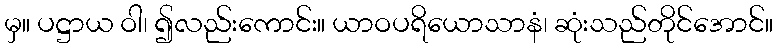
မှ။ ပဋ္ဌာယ ဝါ၊ ၍လည်းကောင်း။ ယာဝပရိယောသာနံ၊ ဆုံးသည်တိုင်အောင်။